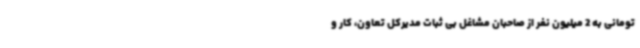
تومانی به 2 میلیون نفر از صاحبان مشاغل بی ثبات مدیرکل تعاون، کار و